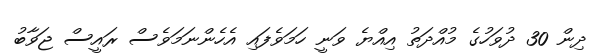
ދިން 30 ދުވަހުގެ މުއްދަތު އިއްޔެ ވަނީ ހަމަވެފައި އެހެންނަމަވެސް ރައީސް ޖަވާބު